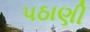
પઠાણી